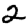
Digit: 2